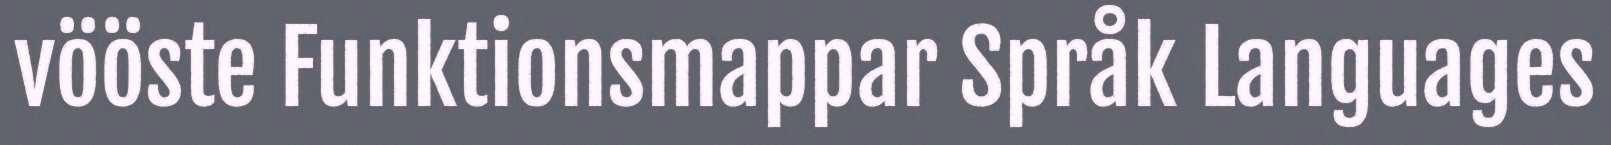
vööste Funktionsmappar Språk Languages